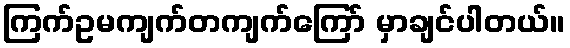
ကြက်ဥမကျက်တကျက်ကြော် မှာချင်ပါတယ်။